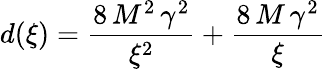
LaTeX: d(\xi)={\frac{8\, {M^{2}}\, {{\gamma}^{2}}}{{{\xi}^{2}}}}+{\frac{8\, M\, {{\gamma}^{2}}}{\xi}}